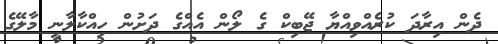
ދެން އިރާދަ ކުރެއްވިއްޔާ ޖޭބިކް ގެ ލޯން އެއްގެ ދަށުން ހިއްކާލާނީ މާލޭގެ